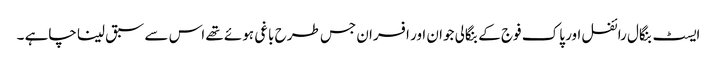
ایسٹ بنگال رائفل اور پاک فوج کے بنگالی جوان اور افسران جس طرح باغی ہوئے تھے اس سے سبق لینا چاہے ۔